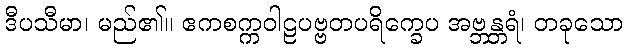
ဒီပသီမာ၊ မည်၏။ ဧကစက္ကဝါဠပဗ္ဗတပရိက္ခေပ အဗ္ဘန္တရံ၊ တခုသော